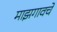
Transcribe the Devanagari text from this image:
माझगावचे